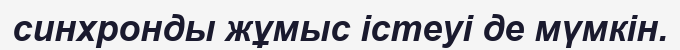
синхронды жұмыс істеуі де мүмкін.